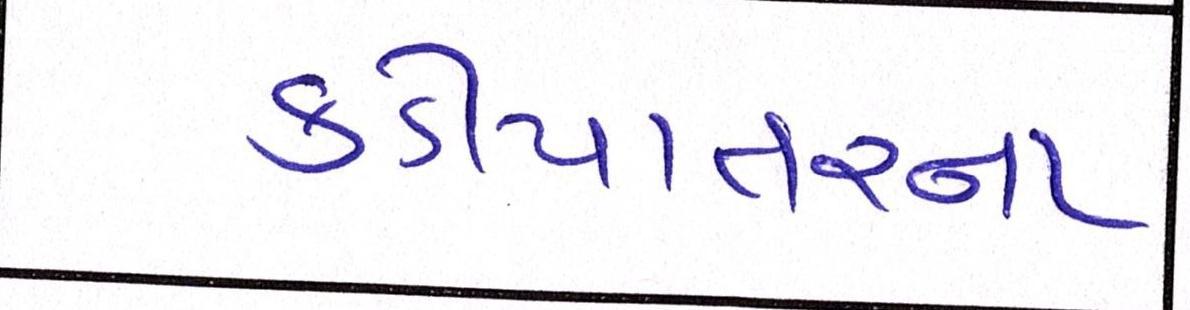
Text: કડીયાતરના